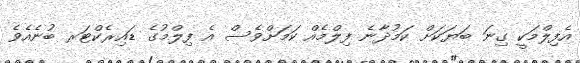
އެފިލްމަކީ ގިނަ ބަޔަކަށް ކަމުދާނެ ފިލްމެއް ކަމަށްވެސް އެ ފިލްމުގެ ޑައިރެކްޓަރ ބުނެއެވެ